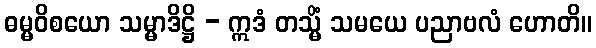
ဓမ္မဝိစယော သမ္မာဒိဋ္ဌိ - ဣဒံ တသ္မိံ သမယေ ပညာဗလံ ဟောတိ။